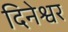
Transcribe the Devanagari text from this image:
दिनेश्वर